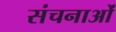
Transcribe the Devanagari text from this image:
संचनाओं